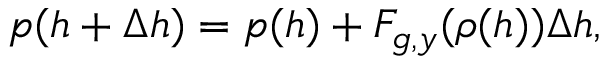
p ( h + \Delta h ) = p ( h ) + F _ { g , y } ( \rho ( h ) ) \Delta h ,